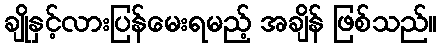
ချိုနှင့်လားပြန်မေးရမည့် အချိန် ဖြစ်သည်။